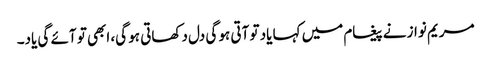
مریم نواز نے پیغام میں کہا یاد تو آتی ہو گی دل دکھاتی ہو گی، ابھی تو آئے گی یاد۔